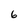
Character: 6